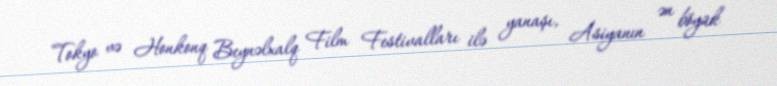
Tokyo və Honkonq Beynəlxalq Film Festivalları ilə yanaşı, Asiyanın ən böyük